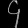
Digit: ၄